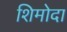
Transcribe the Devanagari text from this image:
शिमोदा